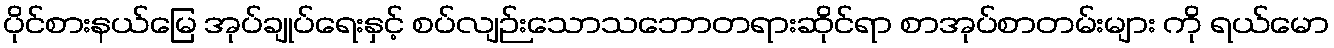
ပိုင်စားနယ်မြေ အုပ်ချုပ်ရေးနှင့် စပ်လျဉ်းသောသဘောတရားဆိုင်ရာ စာအုပ်စာတမ်းများ ကို ရယ်မော